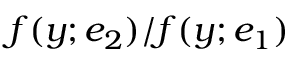
f ( y ; e _ { 2 } ) / f ( y ; e _ { 1 } )